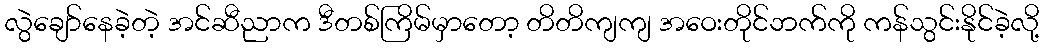
လွဲချော်နေခဲ့တဲ့ အင်ဆီညာက ဒီတစ်ကြိမ်မှာတော့ တိတိကျကျ အဝေးတိုင်ဘက်ကို ကန်သွင်းနိုင်ခဲ့လို့